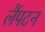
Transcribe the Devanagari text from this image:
लैंपटन